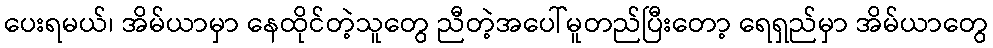
ပေးရမယ်၊ အိမ်ယာမှာ နေထိုင်တဲ့သူတွေ ညီတဲ့အပေါ်မူတည်ပြီးတော့ ရေရှည်မှာ အိမ်ယာတွေ